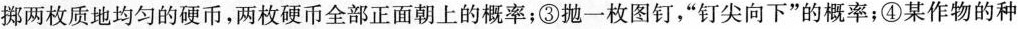
掷两枚质地均匀的硬币，两枚硬币全部正面朝上的概率；③抛一枚图钉，”钉尖向下”的概率；④某作物的种